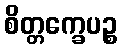
စိတ္တက္ခေပဉ္စ